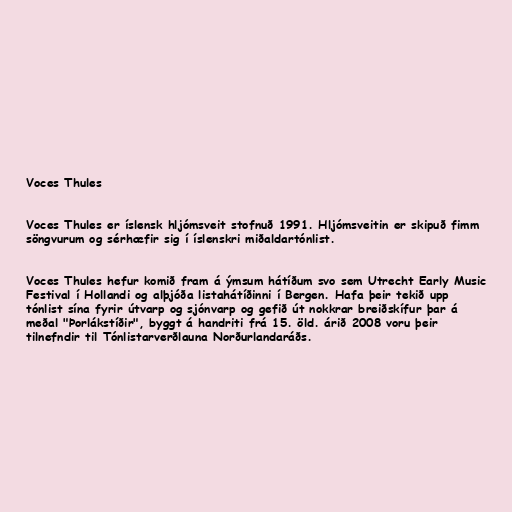
Voces Thules

Voces Thules er íslensk hljómsveit stofnuð 1991. Hljómsveitin er skipuð fimm
söngvurum og sérhæfir sig í íslenskri miðaldartónlist.

Voces Thules hefur komið fram á ýmsum hátíðum svo sem Utrecht Early Music
Festival í Hollandi og alþjóða listahátíðinni í Bergen. Hafa þeir tekið upp
tónlist sína fyrir útvarp og sjónvarp og gefið út nokkrar breiðskífur þar á
meðal "Þorlákstíðir", byggt á handriti frá 15. öld. árið 2008 voru þeir
tilnefndir til Tónlistarverðlauna Norðurlandaráðs.